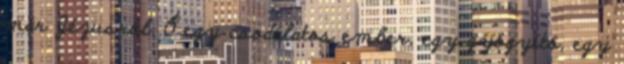
már Jézusról. Ő egy csodálatos ember, egy gyógyító, egy